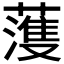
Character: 𮑮